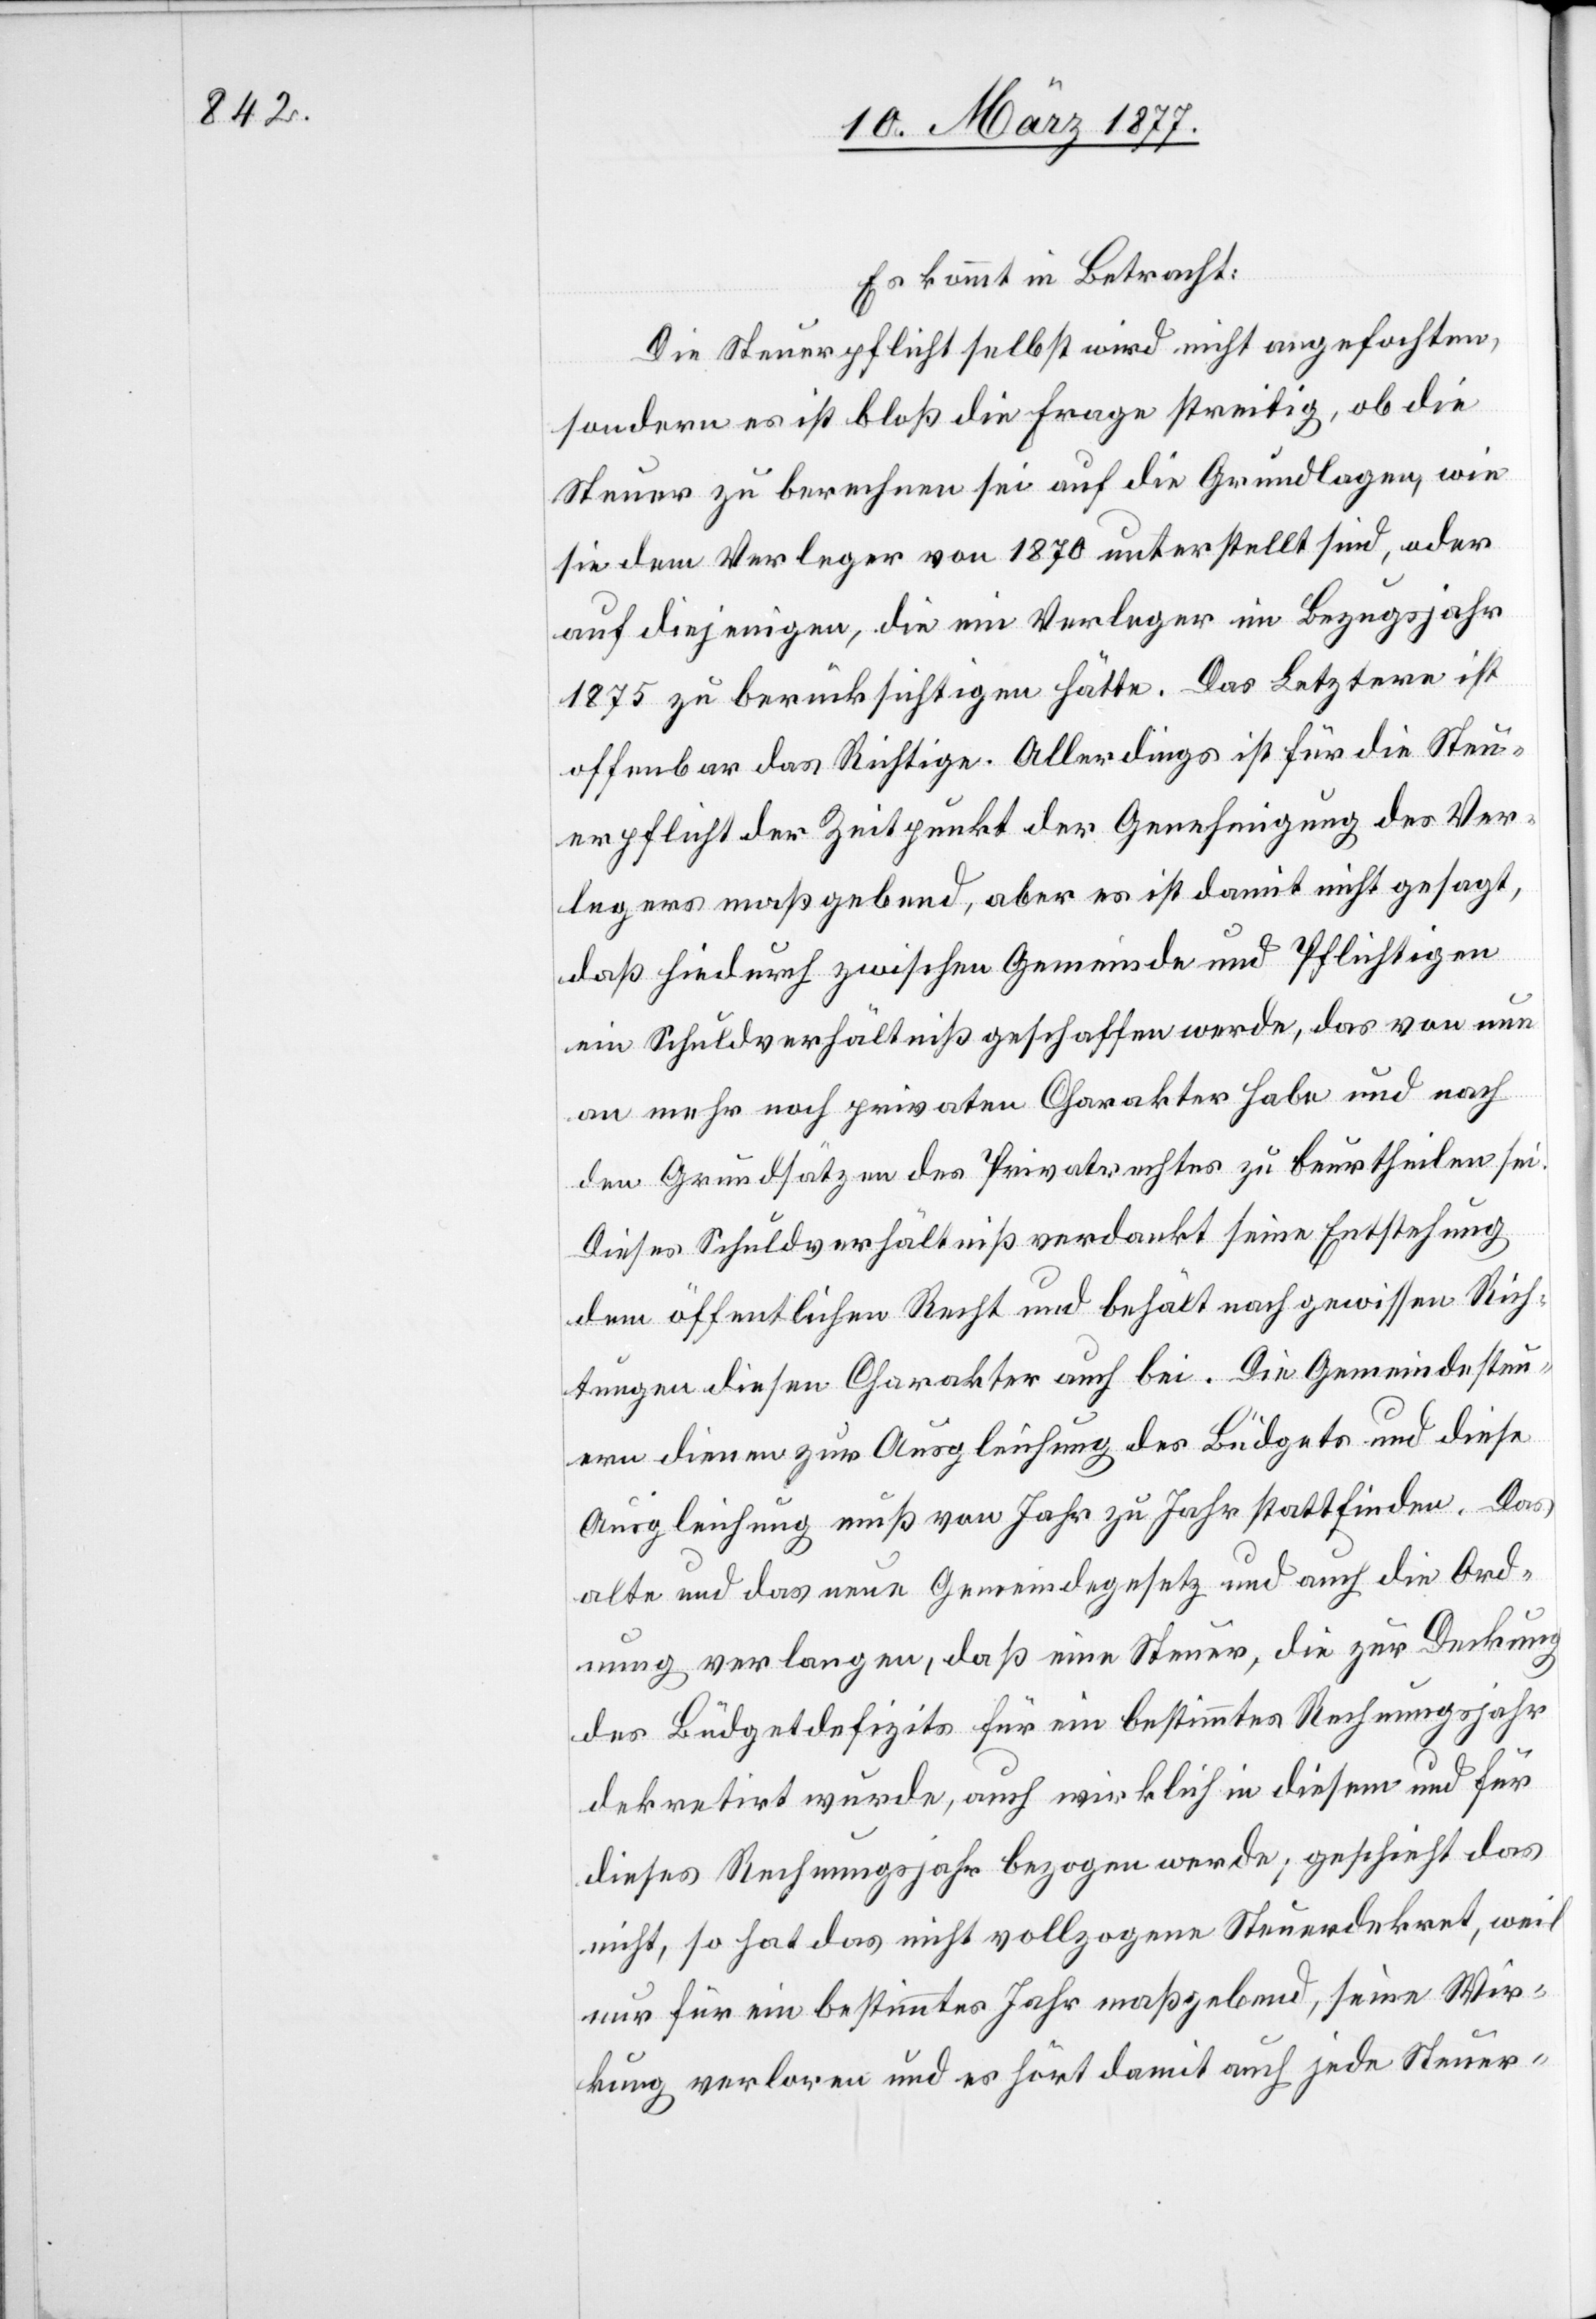
Es kommt in Betracht:
Die Steuerpflicht selbst wird nicht angefochten,
sondern es ist bloß die Frage streitig, ob die
Steuer zu berechnen sei auf die Grundlagen, wie
sie dem Verleger von 1870 unterstellt sind, oder
auf diejenigen, die ein Verleger im Bezugsjahr
1875 zu berücksichtigen hätte. Das Letztere ist
offenbar das Richtige. Allerdings ist für die Steu¬
erpflicht der Zeitpunkt der Genehmigung des Ver¬
legers maßgebend, aber es ist damit nicht gesagt,
daß hiedurch zwischen Gemeinde und Pflichtigen
ein Schuldverhältniß geschaffen werde, das von nun
an mehr noch privaten Charakter habe und nach
den Grundsätzen des Privatrechtes zu beurtheilen sei.
Dieses Schuldverhältniß verdankt seine Entstehung
dem öffentlichen Recht und behält nach gewissen Rich¬
tungen diesen Charakter auch bei. Die Gemeindesteu¬
ern dienen zur Ausgleichung des Büdgets und diese
Ausgleichung muß von Jahr zu Jahr stattfinden. Das
alte und das neue Gemeindegesetz und auch die Ord¬
nung verlangen, daß eine Steuer, die zur Deckung
des Büdgetdefizits für ein bestimmtes Rechnungsjahr
dekretirt wurde, auch wirklich in diesem und für
dieses Rechnungsjahr bezogen werde; geschieht das
nicht, so hat das nicht vollzogene Steuerdekret, weil
nur für ein bestimmtes Jahr maßgebend, seine Wir¬
kung verloren und es hört damit auch jede Steuer-